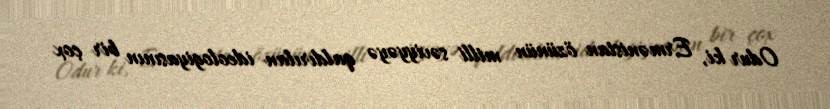
Odur ki, Ermənistan özünün milli səviyyəyə qaldırılan ideologiyasının bir çox